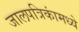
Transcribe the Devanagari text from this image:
जालपत्रिकांमध्ये